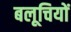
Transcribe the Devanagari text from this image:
बलूचियों